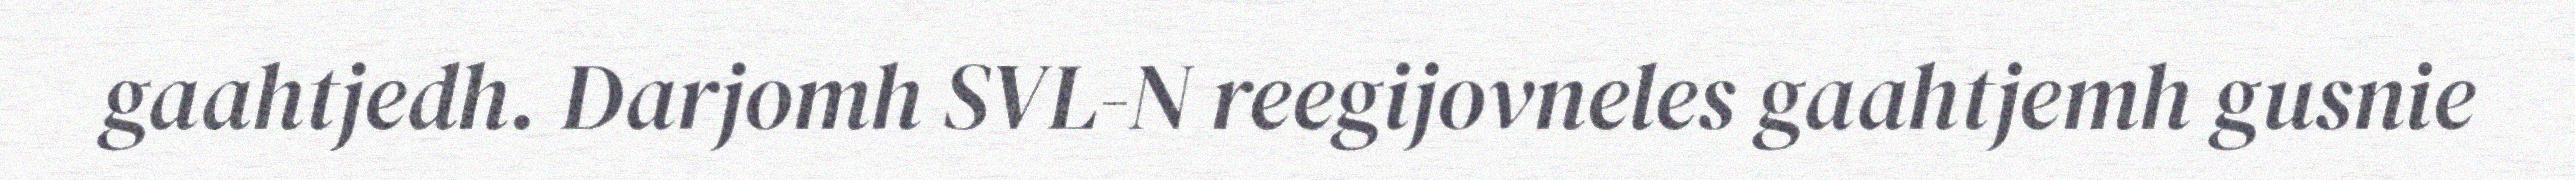
gaahtjedh. Darjomh SVL-N reegijovneles gaahtjemh gusnie